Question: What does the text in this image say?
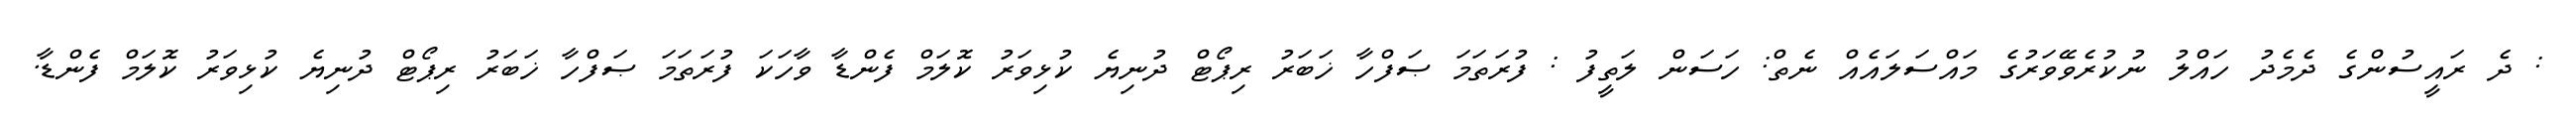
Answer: : ދެ ރައީސުންގެ ދެމެދު ހައްލު ނުކުރެވޭވަރުގެ މައްސަލައެއް ނެތް: ހަސަން ލަތީފު : ފުރަތަމަ ޞަފްހާ ޚަބަރު ރިޕޯޓް ދުނިޔެ ކުޅިވަރު ކޮލަމް ފެންޑާ ވާހަކަ ފުރަތަމަ ޞަފްހާ ޚަބަރު ރިޕޯޓް ދުނިޔެ ކުޅިވަރު ކޮލަމް ފެންޑާ.